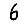
Digit: 6